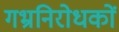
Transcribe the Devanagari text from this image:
गभ्रनिरोधकों